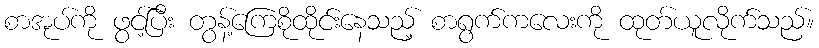
စာအုပ်ကို ဖွင့်ပြီး တွန့်ကြေစိုထိုင်းနေသည့် စာရွက်ကလေးကို ထုတ်ယူလိုက်သည်။